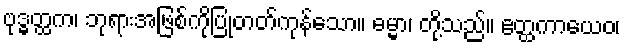
ဗုဒ္ဓတ္ထက၊ ဘုရားအဖြစ်ကိုပြုတတ်ကုန်သော။ ဓမ္မာ၊ တို့သည်။ ဧတ္ထကာယေဝ၊